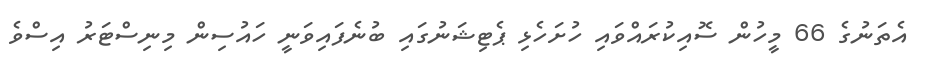
އެތަނުގެ 66 މީހުން ސޮއިކުރައްވައި ހުށަހެޅި ޕެޓިޝަނުގައި ބުނެފައިވަނީ ހައުސިން މިނިސްޓަރު އިސްވެ